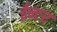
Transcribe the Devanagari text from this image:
ईन्टर